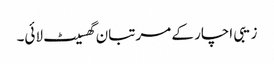
زیبی اچار کے مرتبان گھسیٹ لائی۔